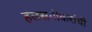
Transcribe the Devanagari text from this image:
हलसगीकरांची